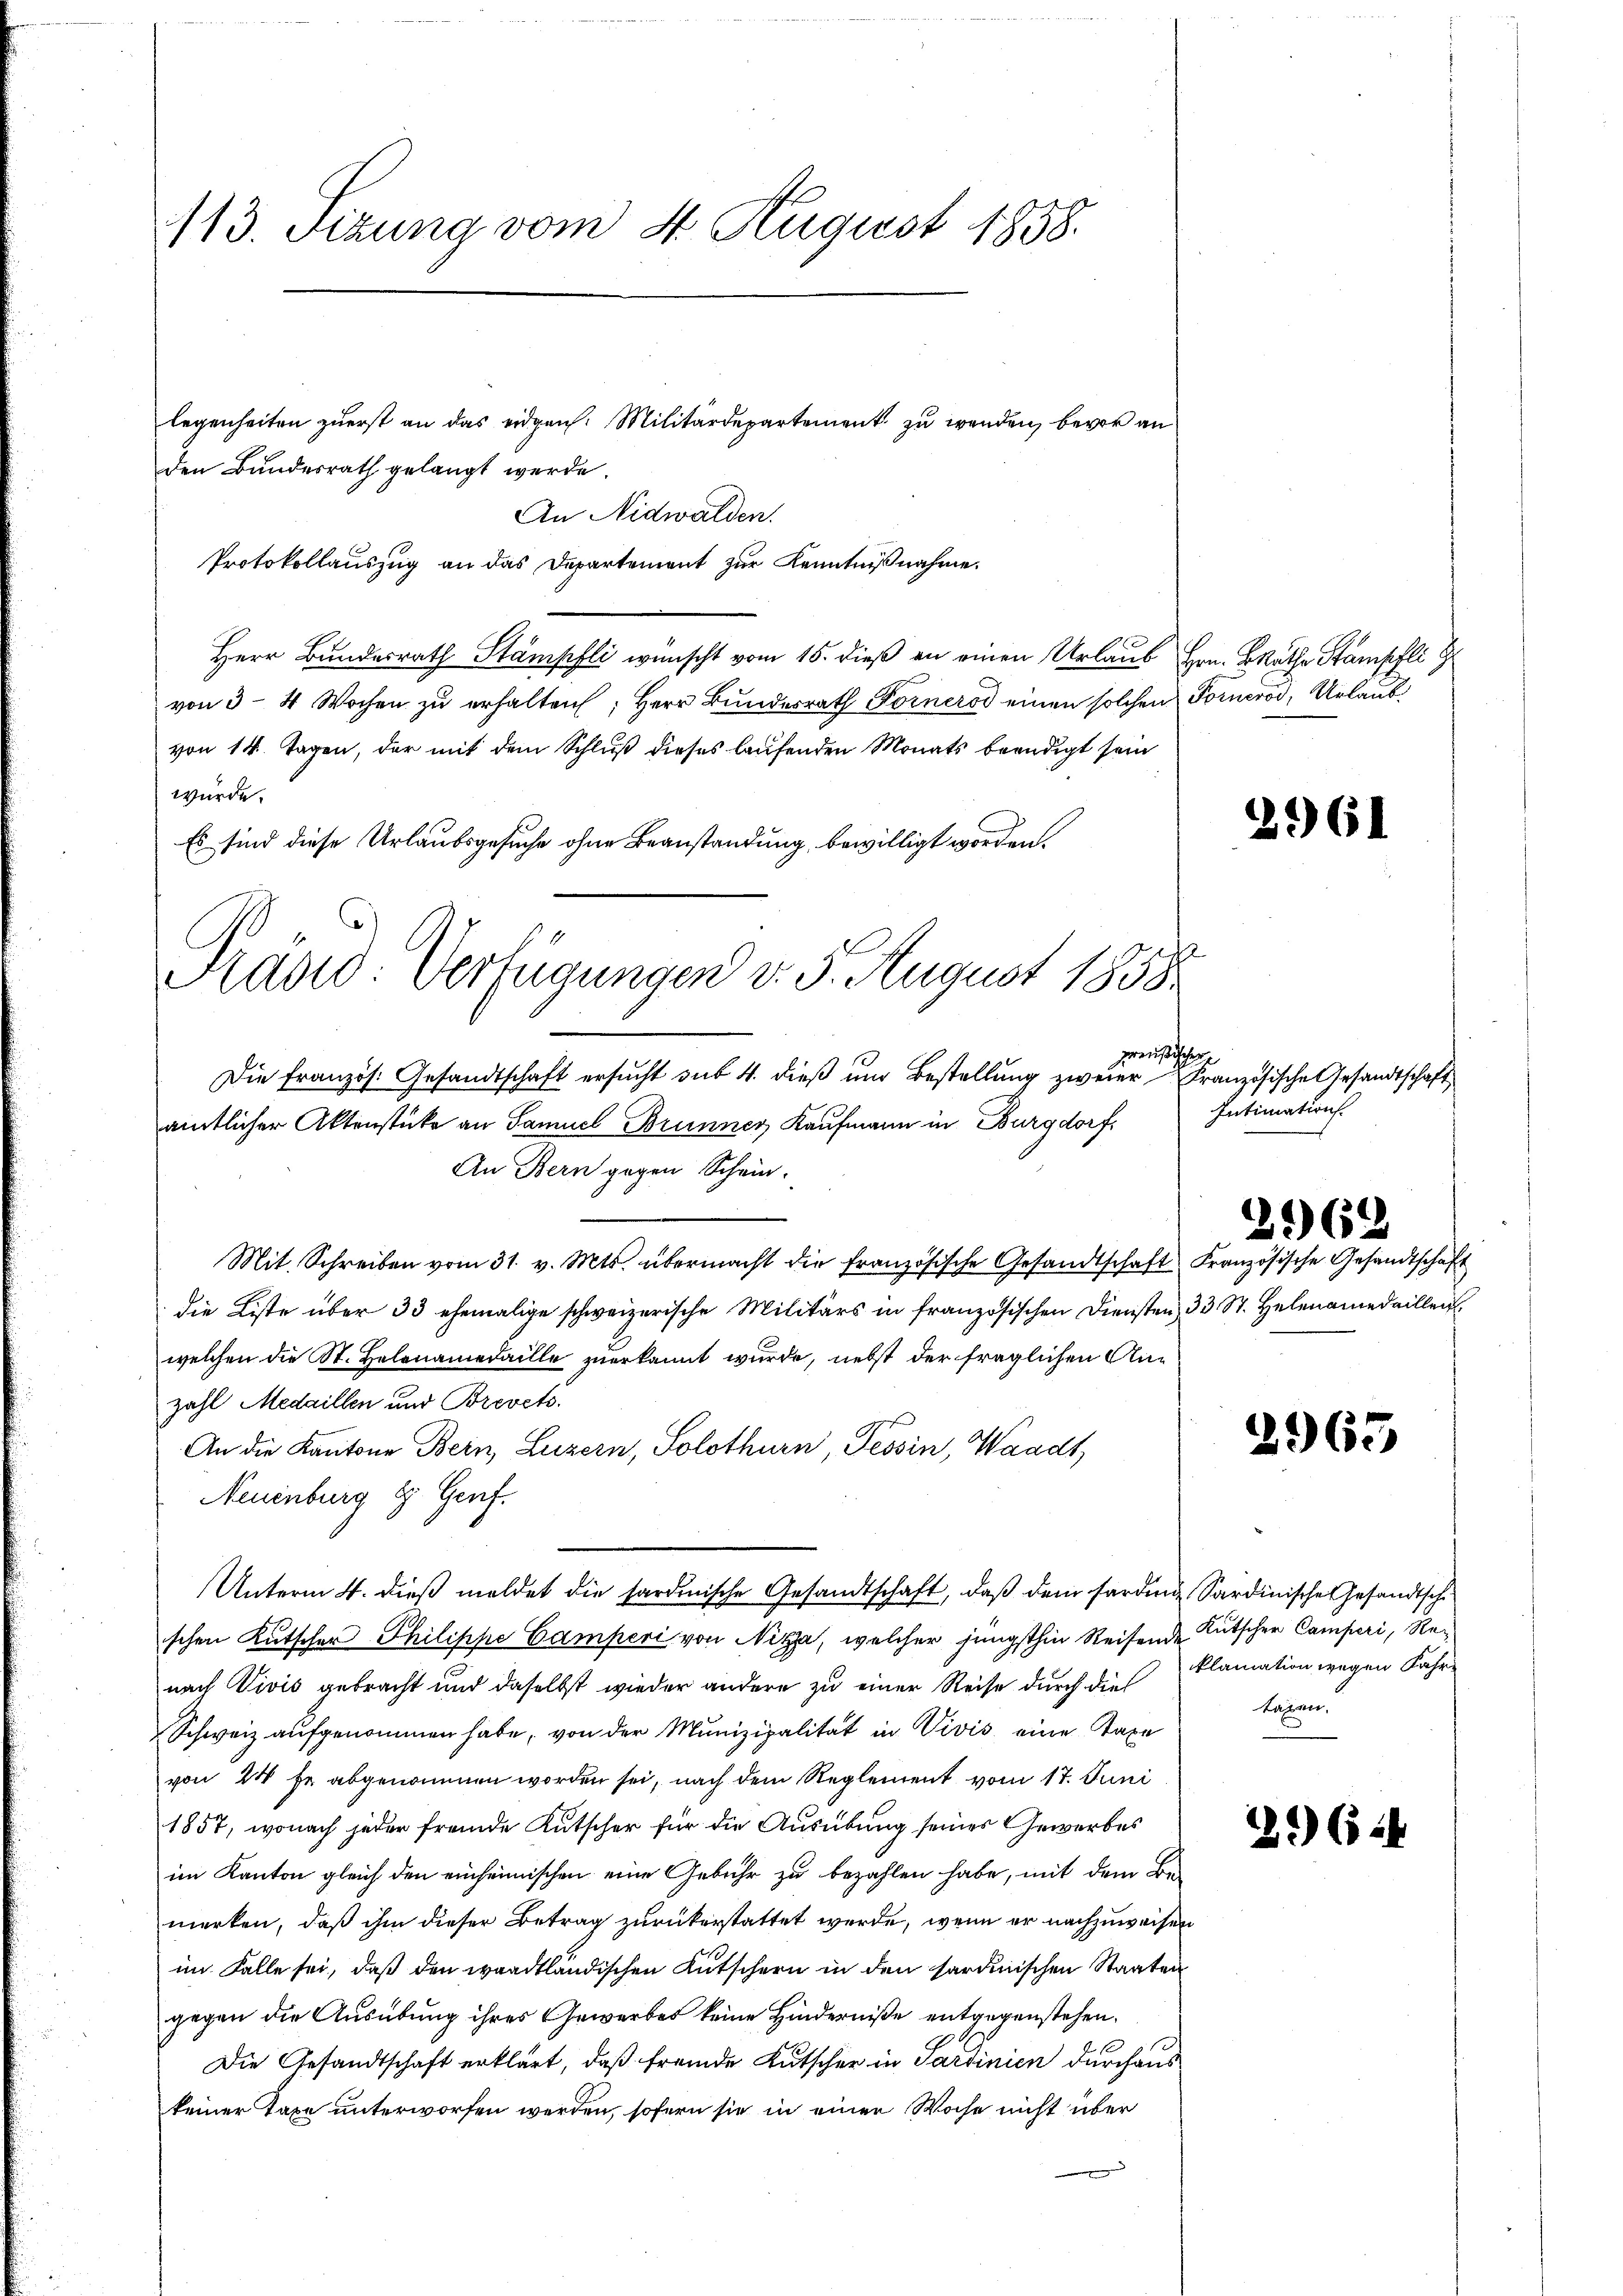
113. Sizung vom 4. August 1858.

legenheiten zuerst an das eidgen. Militärdepartement zu wenden, bevor an
den Bundesrath gelangt werde.
An Nidwalden.
Protokollauszug an das Departement zur Kenntnißnahme.
Herr Bundesrath Stämpfli wünscht vom 15. dieß an einen Urlaub Hrn. BRathe Stampfli g
von 3-4 Wochen zŭ erhalten, Herr Bundesrath Forneros einen solchen Forneros, Urlaub
von 14. Tagen, der mit dem Schluß dieses laufenden Monats beendigt sein
würde.
Es sind diese Urlaubsgesuche ohne Beanstandung, bewilligt worden.
Präsid. Verfügungen v. 5. August 1858.

Die Französ. Gesandtschaft ersucht sub 4. dieß und Bestellung zweier Französische Gesandtschaft
amtlicher Aktenstücke an Samuel Brunner Kaufmann in Burgdorf
An Bern gegen Schein.

Mit Schreiben vom 31. v. Mts. übermacht die französische Gesandtschaft
die Liste über 33 ehemalige schweizerische Militärs in französischen Diensten 33 St. Helenamedaillen
welchen die St. Helenamedaille zuerkannt wurde, nebst der fraglichen Anzahl Medaillen und Brevets.
An die Kantone Bern, Luzern, Solothurn, Tessin, Waadt,
Neuenburg i. Genf.
schen Kutscher Philippe Camperi von Nizza, welcher jüngsthin Reisende Kutscher Camperi, Renach Divis gebracht und daselbst wieder andere zu einer Reise durch dies
Schweiz aufgenommen habe, von der Munizipalität in Vivis eine Taxe
von 24 fr abgenommen worden sei, nach dem Reglement vom 17. Juni
1857, wonach jeder fremde Kutscher für die Ausübung seines Gewerbes
im Kanton gleich den einheimischen eine Gebühr zu bezahlen habe, mit dem Be-
merken, daß ihm dieser Betrag zurückerstattet werde, wenn er nachzuweisen
im Falle sei, daß den waadtländischen Kutschern in den sardinischen Staaten
gegen die Ausübung ihres Gewerbes keine Hinderniße entgegenstehen.
Die Gesandtschaft erklärt, daß fremde Kutscher in Sardinien durchaus
keiner Taxe unterworfen werden, sofern sie in einen Woche nicht über

Unterm 4. dieß meldet die sardinische Gesandtschaft, daß dem Ferding Sardinische Gesandtsche

2961

veranschehen
Intimation.

Französische Gesandtschaft

2962

2965

klamation wegen Fahrtagen.

2. 644